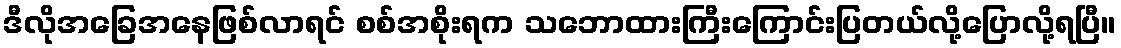
ဒီလိုအခြေအနေဖြစ်လာရင် စစ်အစိုးရက သဘောထားကြီးကြောင်းပြတယ်လို့ပြောလို့ရပြီ။